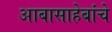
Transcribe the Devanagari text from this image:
आबासाहेबांचे